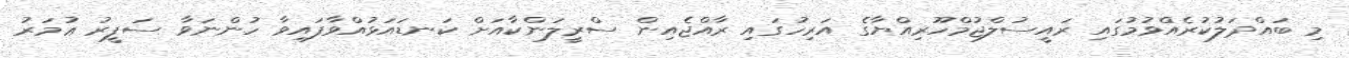
މި ބައްދަލުކުރެއްވުމުގައި ރައީސުލްޖުމްހޫރިއްޔާގެ އަރިހުގައި ރާއްޖެއިން ސްރީލަންކާއަށް ކަނޑައަޅުއްވާފައިވާ ހުންނަވާ ސަފީރު ޢުމަރު